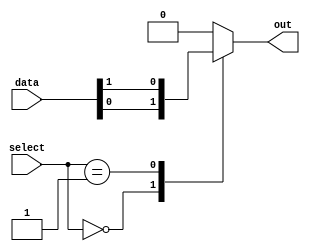
module mux_64to1 (
    input [63:0] data,
    input [5:0] select,
    output reg out
);

always @(*) begin
    case(select)
        6'b000000: out = data[0];
        6'b000001: out = data[1];
        // Add cases for all 64 input lines
        default: out = 1'b0; // Default case if none of the select lines match
    endcase
end

endmodule